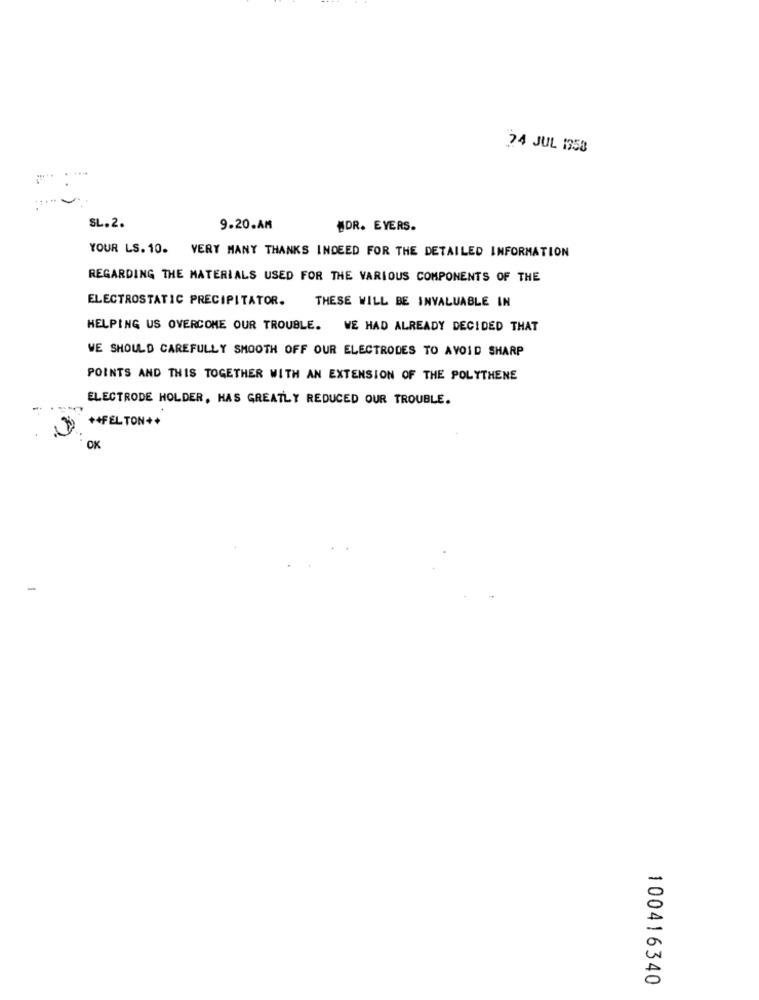
24 JUL 1958
SL. 2.
9.20.AM
#DR. EYERS.
YOUR LS. 10. VERY MANY THANKS INDEED FOR THE DETAILED INFORMATION
REGARDING THE MATERIALS USED FOR THE VARIOUS COMPONENTS OF THE
ELECTROSTATIC PRECIPITATOR.
THESE WILL BE INVALUABLE IN
HELPING US OVERCOME OUR TROUBLE. WE HAD ALREADY DECIDED THAT
WE SHOULD CAREFULLY SMOOTH OFF OUR ELECTRODES TO AVOID SHARP
POINTS AND THIS TOGETHER WITH AN EXTENSION OF THE POLYTHENE
ELECTRODE HOLDER, HAS GREATLY REDUCED OUR TROUBLE.
++FELTON+ +
..
OK
-
100416340